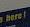
here